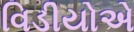
વિડીયોએ